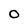
Character: O